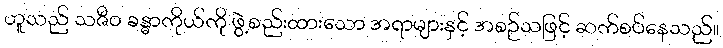
ဟူသည် သဇီဝ ခန္ဓာကိုယ်ကို ဖွဲ့စည်းထားသော အရာများနှင့် အစဉ်သဖြင့် ဆက်စပ်နေသည်။